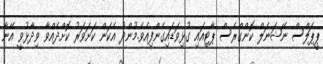
ޕީޕަލްސް ނޭޝަނަލް ކޮންގްރެސް ޕާޓިއައި ގުޅިވަޑައިގެންފިއެވެ.މުންދު އެކަން ކަށަވަރު ކޮށްދެއްވާ ވިދާޅުވީ އޭނާ